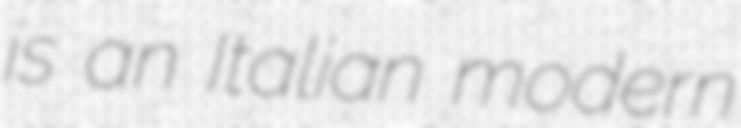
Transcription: is an Italian modern